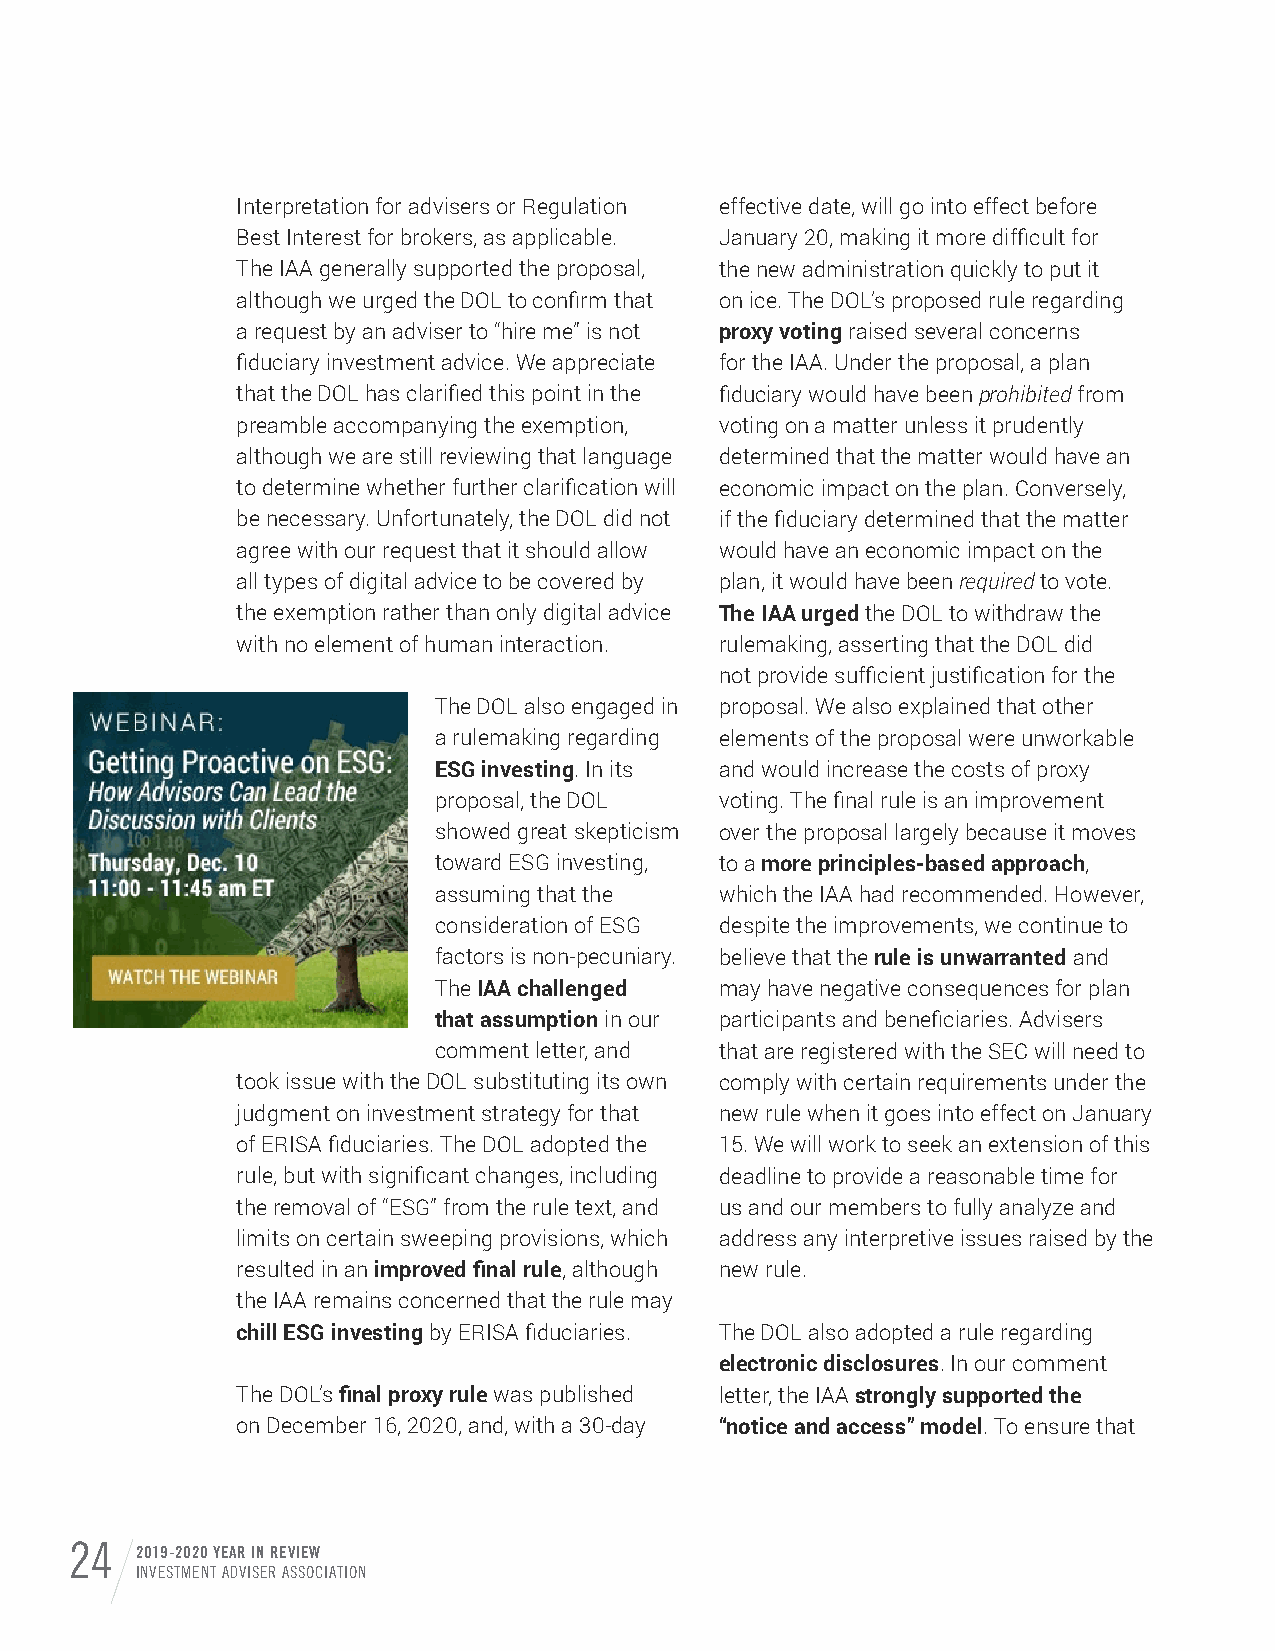
Interpretation for advisers or Regulation effective date, will go into effect before
 Best Interest for brokers, as applicable. January 20, making it more difficult for
 The IAA generally supported the proposal, the new administration quickly to put it
 although we urged the DOL to confirm that on ice. The DOL’s proposed rule regarding
 a request by an adviser to “hire me” is not proxy voting raised several concerns
 fiduciary investment advice. We appreciate for the IAA. Under the proposal, a plan
 that the DOL has clarified this point in the fiduciary would have been prohibited from
 preamble accompanying the exemption, voting on a matter unless it prudently
 although we are still reviewing that language determined that the matter would have an
 to determine whether further clarification will economic impact on the plan. Conversely,
 be necessary. Unfortunately, the DOL did not if the fiduciary determined that the matter
 agree with our request that it should allow would have an economic impact on the
 all types of digital advice to be covered by plan, it would have been required to vote.
 the exemption rather than only digital advice The IAA urged the DOL to withdraw the
 with no element of human interaction. rulemaking, asserting that the DOL did
 not provide sufficient justification for the
 The DOL also engaged in proposal. We also explained that other
 a rulemaking regarding elements of the proposal were unworkable
 ESG investing. In its and would increase the costs of proxy
 proposal, the DOL  voting. The final rule is an improvement
 showed great skepticism over the proposal largely because it moves
 toward ESG investing, to a more principles-based approach,
 assuming that the  which the IAA had recommended. However,
 consideration of ESG despite the improvements, we continue to
 factors is non-pecuniary. believe that the rule is unwarranted and
 The IAA challenged may have negative consequences for plan
 that assumption in our participants and beneficiaries. Advisers
 comment letter, and that are registered with the SEC will need to
 took issue with the DOL substituting its own comply with certain requirements under the
 judgment on investment strategy for that new rule when it goes into effect on January
 of ERISA fiduciaries. The DOL adopted the 15. We will work to seek an extension of this
 rule, but with significant changes, including deadline to provide a reasonable time for
 the removal of “ESG” from the rule text, and us and our members to fully analyze and
 limits on certain sweeping provisions, which address any interpretive issues raised by the
 resulted in an improved final rule, although new rule.
 the IAA remains concerned that the rule may
 chill ESG investing by ERISA fiduciaries. The DOL also adopted a rule regarding
 electronic disclosures. In our comment
 The DOL’s final proxy rule was published letter, the IAA strongly supported the
 on December 16, 2020, and, with a 30-day “notice and access” model. To ensure that
 24  2019-2020 YEAR IN REVIEW
 INVESTMENT ADVISER ASSOCIATION